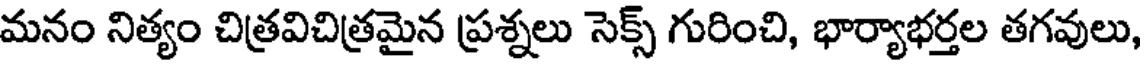
మనం నిత్యం చిత్రవిచిత్రమైన ప్రశ్నలు సెక్స్ గురించి, భార్యాభర్తల తగవులు,